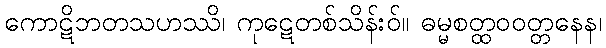
ကောဋိဘတသဟဿိ၊ ကုဋေတစ်သိန်းဝ်။ ဓမ္မစတ္ထဝဝတ္တနေန၊